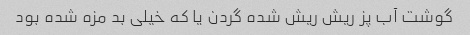
گوشت آب پز ریش ریش شده گردن یا که خیلی بد مزه شده بود